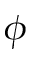
\phi